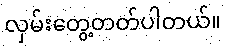
လှမ်းတွေ့တတ်ပါတယ်။